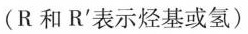
(R和R^{\prime}表示烃基或氢)